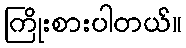
ကြိုးစားပါတယ်။